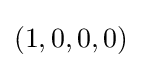
(1,0,0,0)